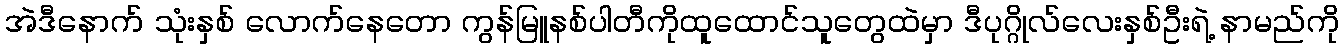
အဲဒီနောက် သုံးနှစ် လောက်နေတော ကွန်မြူနစ်ပါတီကိုထူထောင်သူတွေထဲမှာ ဒီပုဂ္ဂိုလ်လေးနှစ်ဦးရဲ့ နာမည်ကို